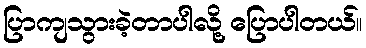
ပြာကျသွားခဲ့တာပါလို့ ပြောပါတယ်။